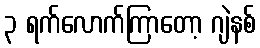
၃ ရက်လောက်ကြာတော့ ဂျဲနစ်